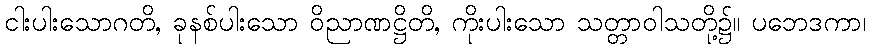
ငါးပါးသောဂတိ, ခုနစ်ပါးသော ဝိညာဏဋ္ဌိတိ, ကိုးပါးသော သတ္တာဝါသတို့၌။ ပဘေဒကာ၊